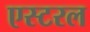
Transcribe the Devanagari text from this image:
एस्टरल